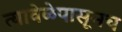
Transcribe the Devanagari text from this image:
त्यावेळेपासूनच